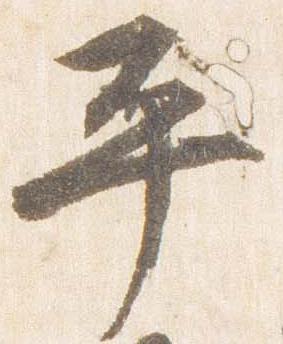
平